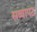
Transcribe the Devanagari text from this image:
सव्वापट